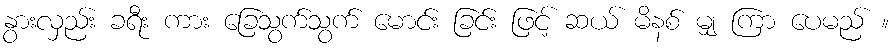
နွားလှည်း ခရီး ကား ခြေသွက်သွက် မောင်း ခြင်း ဖြင့် ဆယ် မိနစ် မျှ ကြာ ပေမည် ။